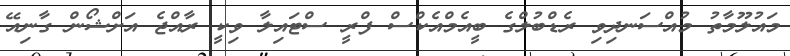
މައުލޫމާތު މުއްސަނދިވި ރެޑްބުލްގެ ބީއެމްއެކްސް ފްރީ ސްޓައިލާ ވިކީ ރާއްޖެ އަށްޝޯން ގާނިއޭ